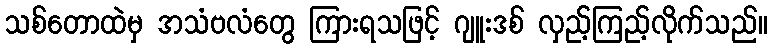
သစ်တောထဲမှ အသံဗလံတွေ ကြားရသဖြင့် ဂျူးဒစ် လှည့်ကြည့်လိုက်သည်။